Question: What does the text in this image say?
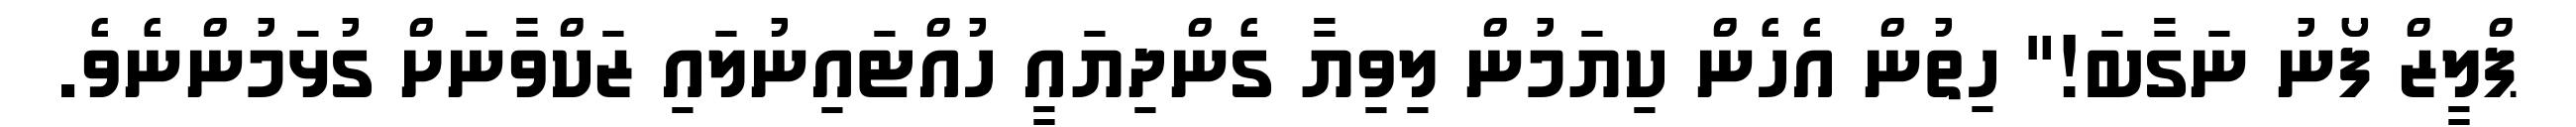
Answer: ޕްލީޒް ފޯނު ނަގާބަ!" ހިތުން އެހެން ކިޔަމުން ލިވިޔާ ގެންދިޔައީ ހުއްޓައިނުލައި ޒަކްވާނަށް ގުޅަމުންނެވެ.